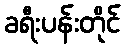
ခရီးပန်းတိုင်